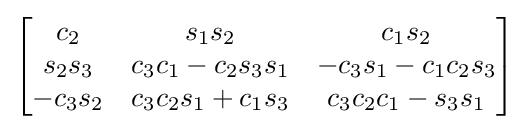
{\begin{bmatrix}c_{2}&s_{1}s_{2}&c_{1}s_{2}\\s_{2}s_{3}&c_{3}c_{1}-c_{2}s_{3}s_{1}&-c_{3}s_{1}-c_{1}c_{2}s_{3}\\-c_{3}s_{2}&c_{3}c_{2}s_{1}+c_{1}s_{3}&c_{3}c_{2}c_{1}-s_{3}s_{1}\end{bmatrix}}